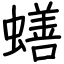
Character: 蟮